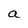
Character: a